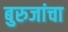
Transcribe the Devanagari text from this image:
बुरुजांचा